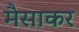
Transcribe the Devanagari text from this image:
मैसाकर